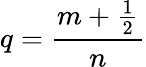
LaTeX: q=\frac{m+\frac{1}{2}}{n}